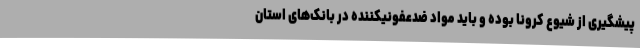
پیشگیری از شیوع کرونا بوده و باید مواد ضدعفونیکننده در بانک‌های استان